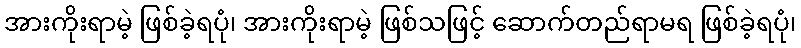
အားကိုးရာမဲ့ ဖြစ်ခဲ့ရပုံ၊ အားကိုးရာမဲ့ ဖြစ်သဖြင့် ဆောက်တည်ရာမရ ဖြစ်ခဲ့ရပုံ၊